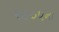
૧૯૦૫ના